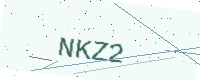
Text: NKZ2